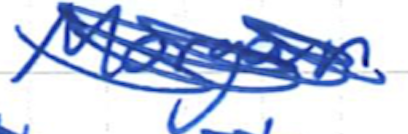
Text: Morgan
Cross-out: scratch
Writing tool: ballpoint